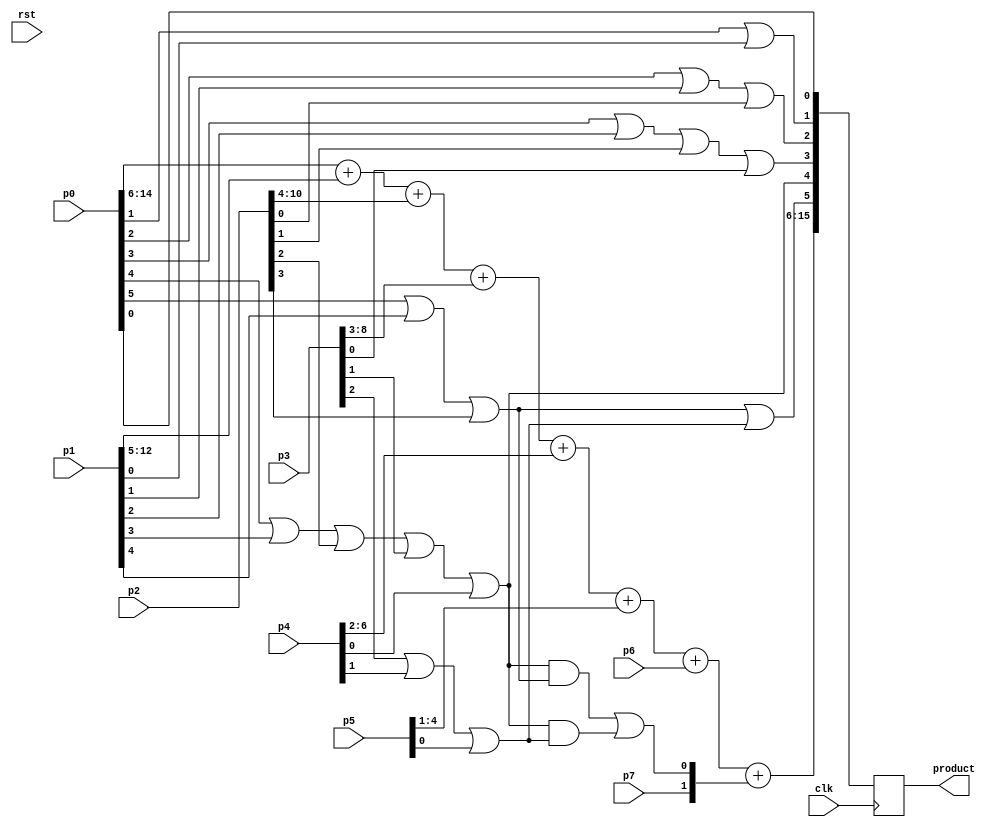
module pp_adder ( 
                    input clk,rst,
                    input [14:0] p0 ,
                    input [12:0] p1 ,
                    input [10:0] p2 ,
                    input [8:0]  p3 ,
                    input [6:0]  p4 ,
                    input [4:0]  p5 ,
                    input [2:0]  p6 ,
                    input        p7 ,
                    
                    output reg [15:0] product
                 );
					  
reg r1,r2,r3,r;
reg [9:0] pp_add;	

  
always@( posedge clk)
   begin  
     
       
      product[0] = p0[0];
      product[1] = p0[1] | p1[0]; 
      product[2] = p0[2] | p1[1] | p2[0];
      product[3] = p0[3] | p1[2] | p2[1] | p3[0];
      r1 = p0[4] | p1[3] | p2[2] | p3[1] | p4[0];
      r2 = p0[5] | p1[4] | p2[3]; 
      r3 = p3[2] | p4[1] | p5[0];
      product[4] = r1;
      product[5] = r2 | r3;
      
      r = (r1 & r2) | (r1 & r3);
      
      
      pp_add = {1'b0,p0[14:6]} + {2'b0,p1[12:5]} + {3'b0,p2[10:4]} + {4'b0,p3[8:3]} + {5'b0,p4[6:2]} + {6'b0,p5[4:1]} + 
                {7'b0,p6[2:0]} + {8'b0,p7,r};
      
      
      product[15:6] = pp_add;//{ pp_add,product[5],product[4],product[3],product[2],product[1],product[0]};
                 
   
 end
   
  
   
endmodule